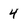
Character: 4